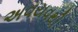
અવયવથી